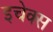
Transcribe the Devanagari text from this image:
इचेक्स